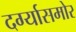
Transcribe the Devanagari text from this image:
दर्ग्यासमोर